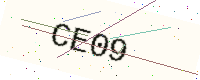
Text: CE09